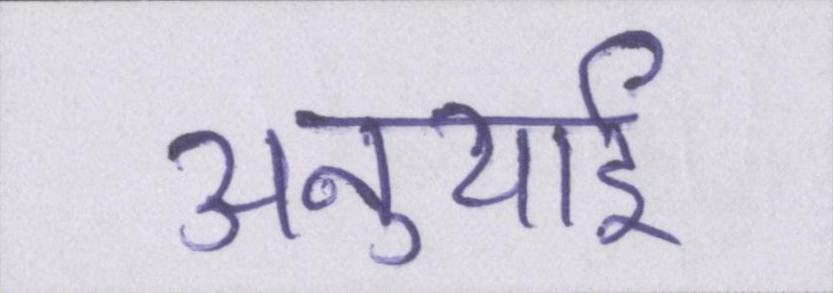
अनुयाई